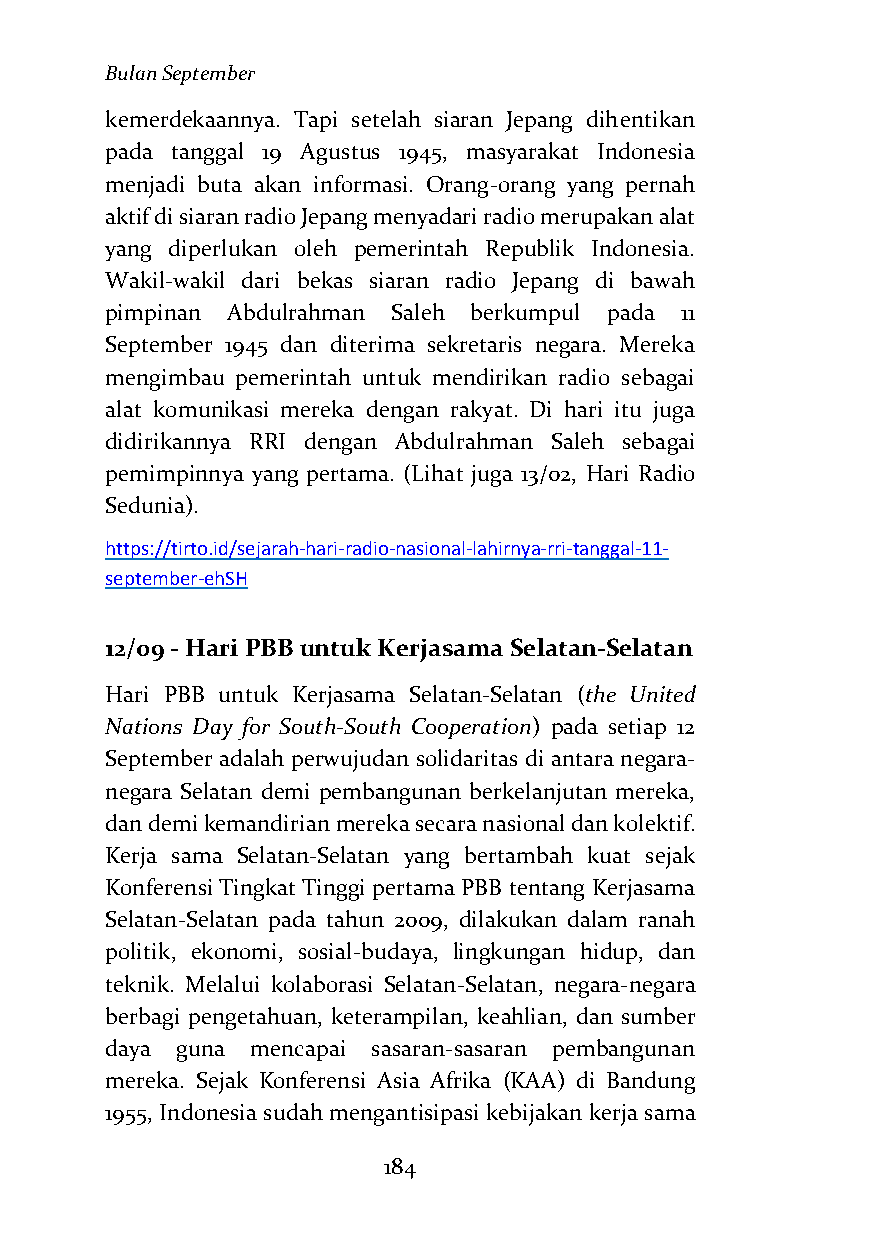
Bulan September
 kemerdekaannya. Tapi setelah siaran Jepang dihentikan
 pada tanggal 19 Agustus 1945, masyarakat Indonesia
 menjadi buta akan informasi. Orang-orang yang pernah
 aktif di siaran radio Jepang menyadari radio merupakan alat
 yang diperlukan oleh pemerintah Republik Indonesia.
 Wakil-wakil dari bekas siaran radio Jepang di bawah
 pimpinan Abdulrahman Saleh berkumpul pada 11
 September 1945 dan diterima sekretaris negara. Mereka
 mengimbau pemerintah untuk mendirikan radio sebagai
 alat komunikasi mereka dengan rakyat. Di hari itu juga
 didirikannya RRI dengan Abdulrahman Saleh sebagai
 pemimpinnya yang pertama. (Lihat juga 13/02, Hari Radio
 Sedunia).
 https://tirto.id/sejarah-hari-radio-nasional-lahirnya-rri-tanggal-11-
 september-ehSH
 12/09 - Hari PBB untuk Kerjasama Selatan-Selatan
 Hari PBB untuk Kerjasama Selatan-Selatan (the United
 Nations Day for South-South Cooperation) pada setiap 12
 September adalah perwujudan solidaritas di antara negara-
 negara Selatan demi pembangunan berkelanjutan mereka,
 dan demi kemandirian mereka secara nasional dan kolektif.
 Kerja sama Selatan-Selatan yang bertambah kuat sejak
 Konferensi Tingkat Tinggi pertama PBB tentang Kerjasama
 Selatan-Selatan pada tahun 2009, dilakukan dalam ranah
 politik, ekonomi, sosial-budaya, lingkungan hidup, dan
 teknik. Melalui kolaborasi Selatan-Selatan, negara-negara
 berbagi pengetahuan, keterampilan, keahlian, dan sumber
 daya guna mencapai sasaran-sasaran pembangunan
 mereka. Sejak Konferensi Asia Afrika (KAA) di Bandung
 1955, Indonesia sudah mengantisipasi kebijakan kerja sama
 184